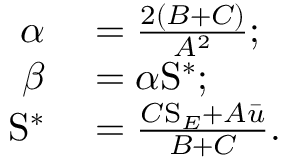
\begin{array} { r l } { \alpha } & { { } = \frac { 2 ( B + C ) } { A ^ { 2 } } ; } \\ { \beta } & { { } = \alpha \mathrm { S } ^ { \ast } ; } \\ { \mathrm { S } ^ { \ast } } & { { } = \frac { C \mathrm { S } _ { E } + A \bar { u } } { B + C } . } \end{array}